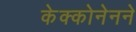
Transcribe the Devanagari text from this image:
केक्कोनेनने